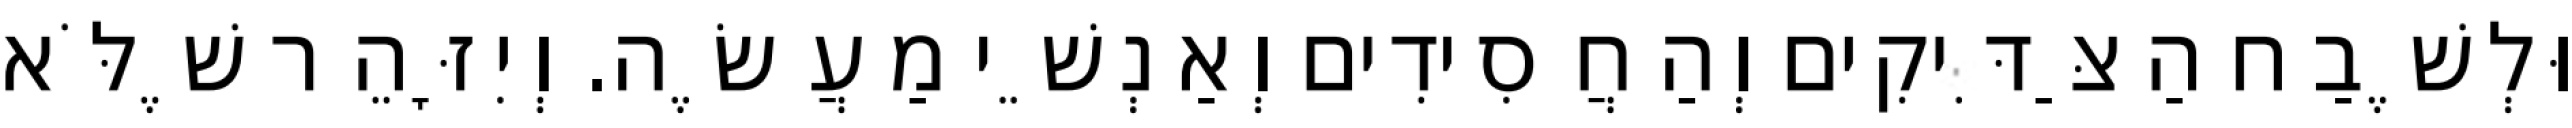
וּלְשֶׁבַח הַצַּדִּיקִים וְהַחֲסִידִים וְאַנְשֵׁי מַעֲשֶׂה. וְיִזָּהֵר שֶׁלֹּא